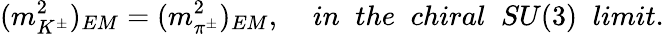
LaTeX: (m_{K^{\pm}}^{2})_{EM}=(m_{\pi^{\pm}}^{2})_{EM},\; \; \; \; {in\; \; the\; \; chiral\; \; SU(3)\; \; limit.}